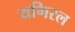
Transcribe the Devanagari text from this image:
यगिरल